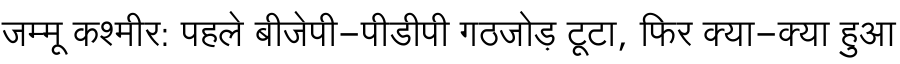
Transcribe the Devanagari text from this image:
जम्मू कश्मीर: पहले बीजेपी-पीडीपी गठजोड़ टूटा, फिर क्या-क्या हुआ